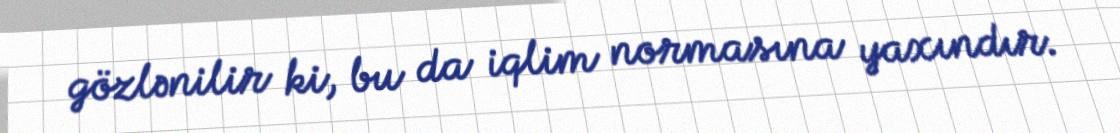
gözlənilir ki, bu da iqlim normasına yaxındır.